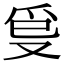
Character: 𤓿